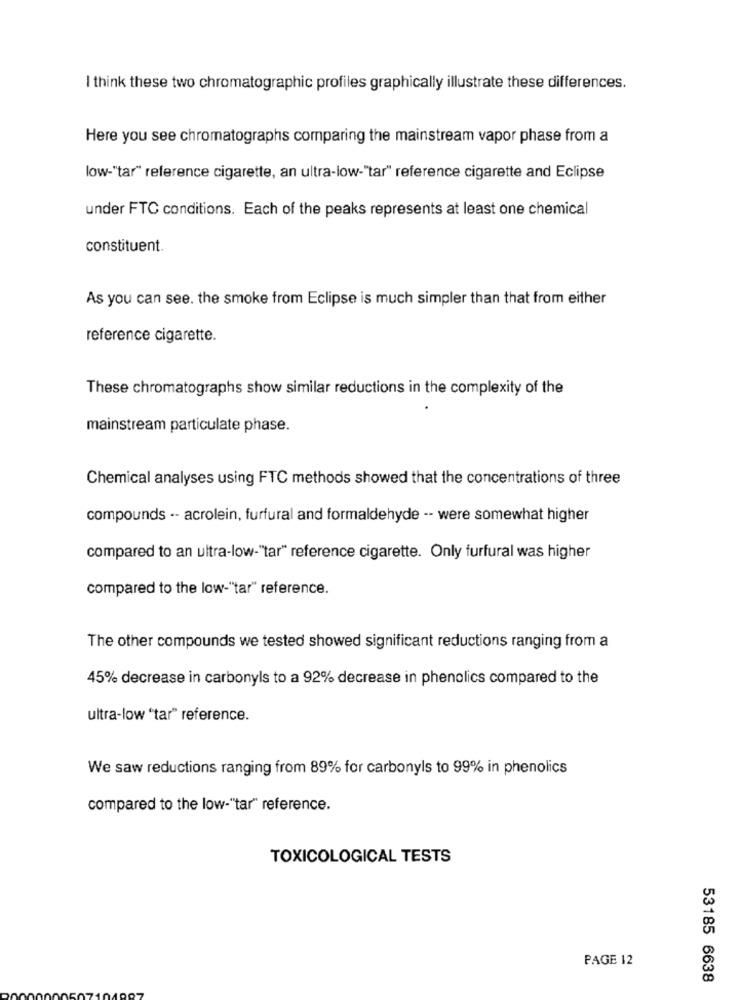
I think these two chromatographic profiles graphically illustrate these differences.
Here you see chromatographs comparing the mainstream vapor phase from a
low-"tar" reference cigarette, an ultra-low-"tar" reference cigarette and Eclipse
under FTC conditions. Each of the peaks represents at least one chemical
constituent.
As you can see. the smoke from Eclipse is much simpler than that from either
reference cigarette.
These chromatographs show similar reductions in the complexity of the
mainstream particulate phase.
Chemical analyses using FTC methods showed that the concentrations of three
compounds ·· acrolein, furfural and formaldehyde -- were somewhat higher
compared to an ultra-low-"tar" reference cigarette. Only furfural was higher
compared to the low-"tar" reference.
The other compounds we tested showed significant reductions ranging from a
45% decrease in carbonyls to a 92% decrease in phenolics compared to the
ultra-low "tar" reference.
We saw reductions ranging from 89% for carbonyls to 99% in phenolics
compared to the low-"tar" reference.
TOXICOLOGICAL TESTS
PAGE 12
53185 6638